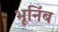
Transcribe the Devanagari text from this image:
भूनिंब